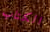
الكتاب